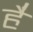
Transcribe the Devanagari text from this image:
है॑